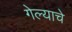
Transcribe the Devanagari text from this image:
गेल्‍याचे